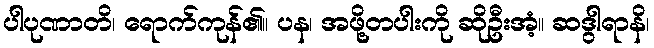
ပါပုဏာတိ၊ ရောက်ကုန်၏။ ပန၊ အဖို့တပါးကို ဆိုဦးအံ့။ ဆဒွါရာနိ၊